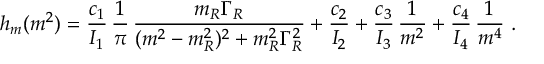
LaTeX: h _ { m } ( m ^ { 2 } ) = \frac { c _ { 1 } } { { \cal I } _ { 1 } } \, \frac { 1 } { \pi } \, \frac { m _ { R } \Gamma _ { R } } { ( m ^ { 2 } - m _ { R } ^ { 2 } ) ^ { 2 } + m _ { R } ^ { 2 } \Gamma _ { R } ^ { 2 } } + \frac { c _ { 2 } } { { \cal I } _ { 2 } } + \frac { c _ { 3 } } { { \cal I } _ { 3 } } \, \frac { 1 } { m ^ { 2 } } + \frac { c _ { 4 } } { { \cal I } _ { 4 } } \, \frac { 1 } { m ^ { 4 } } ~ .